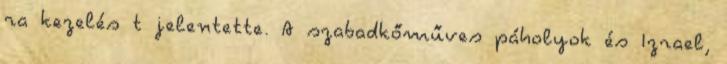
ra kezelés t jelentette. A szabadkőműves páholyok és Izrael,